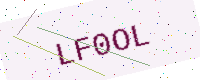
Text: LF0OL